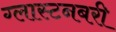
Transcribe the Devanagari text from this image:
ग्लास्टनबरी